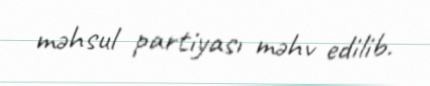
məhsul partiyası məhv edilib.